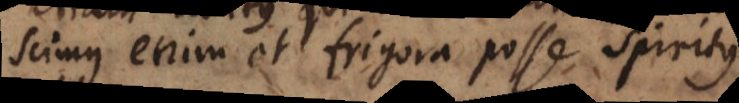
scimus enim et frigore posse spiritus